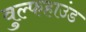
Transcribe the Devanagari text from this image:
वुल्फहाउंड